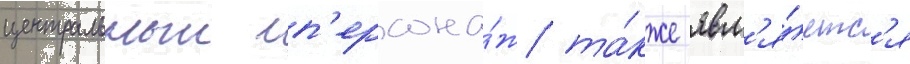
центральныи п'ерсона́ж та́кже явл'я́етс'я